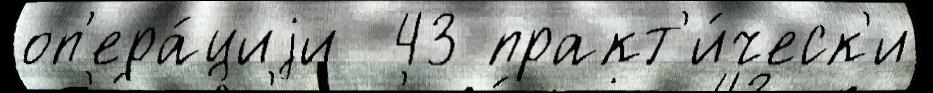
оп'ера́циjи  43 практ'и́ческ'и